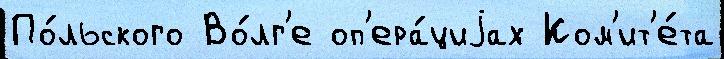
По́льского Во́лг'е оп'ера́циjах Ком'ит'е́та